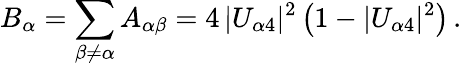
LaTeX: B_{\alpha}=\sum_{\beta\neq\alpha}A_{\alpha\beta}=4\, |U_{\alpha 4}|^{2}\left(1-|U_{\alpha 4}|^{2}\right)\, .